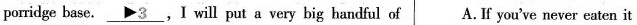
porridge base.\underline{\rhd 3},I will put a very big handful of A.If you've never eaten it